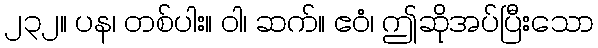
၂၃၂။ ပန၊ တစ်ပါး။ ဝါ၊ ဆက်။ ဧဝံ၊ ဤဆိုအပ်ပြီးသော